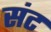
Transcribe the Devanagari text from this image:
संट